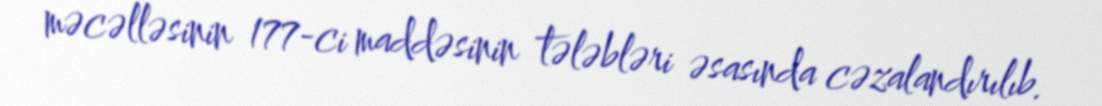
məcəlləsinin 177-ci maddəsinin tələbləri əsasında cəzalandırılıb.